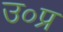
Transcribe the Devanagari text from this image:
उ०प्र